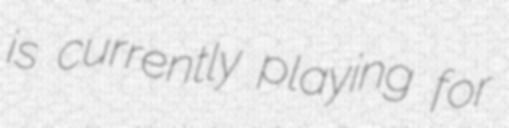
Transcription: is currently playing for